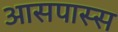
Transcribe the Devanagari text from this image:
आसपास्स